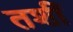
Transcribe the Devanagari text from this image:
तशीं